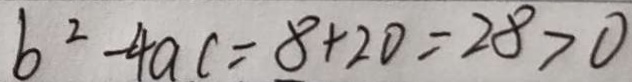
b ^ { 2 } - 4 a c = 8 + 2 0 = 2 8 > 0